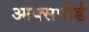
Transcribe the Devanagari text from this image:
आक्सपोर्ड